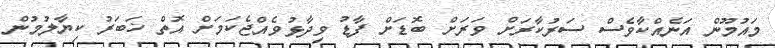
މައުމޫން އަނެއްކާވެސް ސަރުކާރަށް ވަރަށް ބޮޑަށް ފާޑު ވިދާޅުވެއްޖެކަމަށް އޮތް ޚަބަރު ކިޔާލުމުން